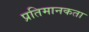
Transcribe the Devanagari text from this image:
प्रतिमानकता